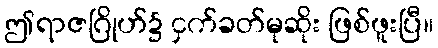
ဤရာဇဂြိုဟ်၌ ငှက်ခတ်မုဆိုး ဖြစ်ဖူးပြီ။